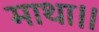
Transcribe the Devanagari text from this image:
माथा।।